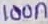
Text: 100n